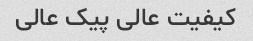
کیفیت عالی پیک عالی